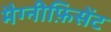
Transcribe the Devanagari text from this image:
मैग्नीफ़िसेंट